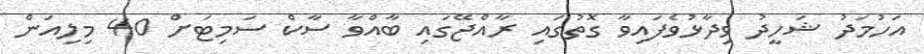
އަހުމަދު ޝަހީދު ވިދާޅުވެފައިވާ ގޮތުގައި ރާއްޖޭގައި ބާއްވާ ސާކް ސަމިޓަށް 40 މިލިއަން